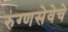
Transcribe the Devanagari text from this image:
रुग्णसेवेचे